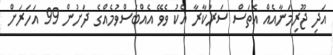
އަދި ޖޫރިމަނާއެއް އޮތަސް ސަރުކާރާ އެކު ވެވޭ އެއްބަސްވުމެއްގެ ދަށުން 99 އަހަރަށް